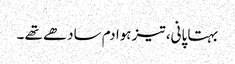
بہتا پانی، تیز ہوا دم سادھے تھے ۔